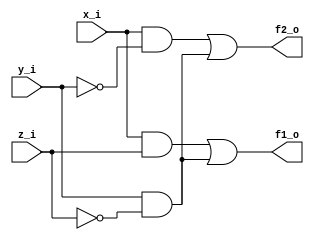
//--------------------------------------------------------------------------------
// Dependencies : 
// Description  : Model below logic equations using dataflow abstraction
//                1. F = S(1, 2, 5, 7)
//                2. F1 = XZ + YZ'
//                   F2 = XY' + YZ'
//--------------------------------------------------------------------------------

/*
// 1. F = S(1, 2, 5, 7)
module logic_eqn_dataflow(
  input  a_i, // Input A
  input  b_i, // Input B
  input  c_i, // Input C
  output f_o  // Output F
);
  
  // Combinational Logic
  assign f_o = (~b_i & c_i) |
               (a_i & c_i) |
			   (~a_i & b_i & ~c_i);

endmodule
*/

// 2. F1 = XZ + YZ'
//    F2 = XY' + YZ'
module logic_eqn_dataflow(
  input  x_i , // Input X
  input  y_i , // Input Y
  input  z_i , // Input Z
  output f1_o, // Output F1
  output f2_o  // Output F2
);

  // Combinational Logic
  assign f1_o = (x_i & z_i) | (y_i & ~z_i);
  assign f2_o = (x_i & ~y_i) | (y_i & ~z_i);

endmodule